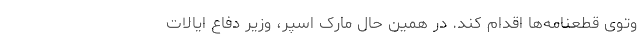
وتوی قطعنامه‌ها اقدام کند. در همین حال مارک اسپر، وزیر دفاع ایالات